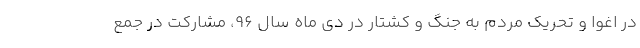
در اغوا و تحریک مردم به جنگ و کشتار در دی ماه سال ۹۶، مشارکت در جمع